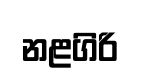
නළගිරි